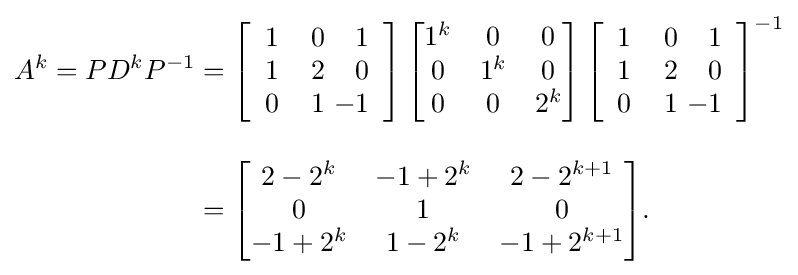
{\begin{aligned}A^{k}=PD^{k}P^{-1}&=\left[{\begin{array}{rrr}1&\,0&1\\1&2&0\\0&1&\!\!\!\!-1\end{array}}\right]{\begin{bmatrix}1^{k}&0&0\\0&1^{k}&0\\0&0&2^{k}\end{bmatrix}}\left[{\begin{array}{rrr}1&\,0&1\\1&2&0\\0&1&\!\!\!\!-1\end{array}}\right]^{-1}\\[1em]&={\begin{bmatrix}2-2^{k}&-1+2^{k}&2-2^{k+1}\\0&1&0\\-1+2^{k}&1-2^{k}&-1+2^{k+1}\end{bmatrix}}.\end{aligned}}